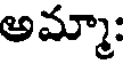
అమ్మా: